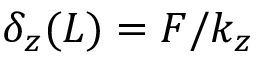
\delta _ { z } ( L ) = F / k _ { z }